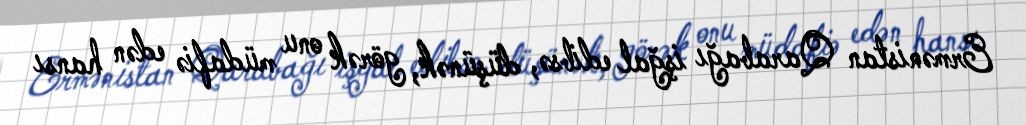
Ermənistan Qarabağı işğal edibsə, düşünək, görək onu müdafiə edən hansı